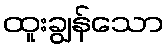
ထူးချွန်သော